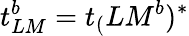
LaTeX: t_{LM}^{b}=t_{(}{LM}^{b})^{*}